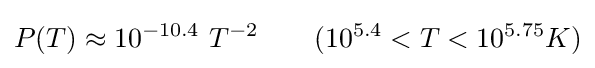
P(T)\approx 10^{-10.4}~T^{-2}~~~~~~(10^{5.4}<T<10^{5.75}K)